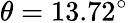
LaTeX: \theta=13.72^{\circ}